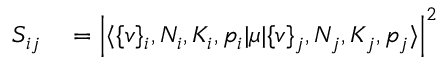
\begin{array} { r l } { S _ { i j } } & { { } = \left\lvert \langle \{ v \} _ { i } , N _ { i } , K _ { i } , p _ { i } \lvert \mu \lvert \{ v \} _ { j } , N _ { j } , K _ { j } , p _ { j } \rangle \right\lvert ^ { 2 } } \end{array}